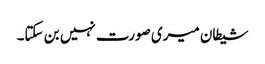
شیطان میری صورت نہیں بن سکتا۔